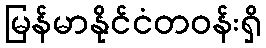
မြန်မာနိုင်ငံတဝန်းရှိ